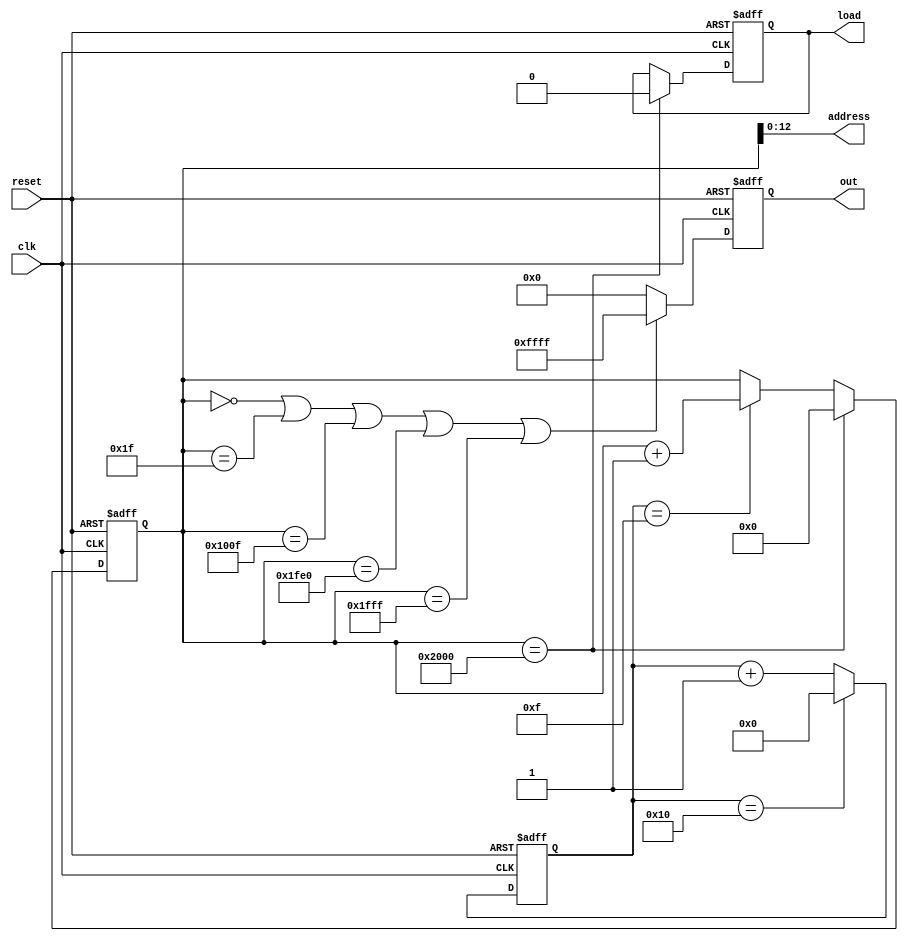
module screen_init(
    clk,
    reset,
    address,
    out,
    load
 );
 
    input clk;
    input reset;
    output load; 
    output [12:0] address; // ram address to write the pixel data
    output [15:0] out;     // pixel values for ram address in the buffer


    reg [15:0] data;   
    reg [13:0] buffer_addr; 
    reg [7:0] counter;
    //reg [17:0] counter_divider;
    reg wren;
    
    always @(posedge clk or posedge reset) begin
        if (reset) begin 
            counter <= 0;
        end else begin
            if (counter == 8'd16) begin
                counter <= 0;
            end
            else begin
                counter <= counter + 8'd1;
            end

        end
    end
    
    always @(posedge clk or posedge reset) begin
        if (reset) begin 
            buffer_addr <= 0;
            wren <= 1;
        end else if (buffer_addr == 14'd8192) begin
            buffer_addr <= 0;
            wren <= 0; // write no more
        end
        else if (counter == 8'd15) begin
            buffer_addr <= buffer_addr + 14'd1;
        end
        
    end
    
    always @(posedge clk or posedge reset) begin
        if (reset) begin 
            data <= 0;
        end 
            
        else begin
            if (buffer_addr == 14'd0 || buffer_addr == 14'd31 
             || buffer_addr == 14'd4111
             || buffer_addr == 14'd8160 || buffer_addr == 14'd8191) begin
                //data <= 16'h00_00;
                data <= 16'hFF_FF;
            end else begin
                data <= 16'h00_00;
                //data <= 16'hFF_FF;
            end
        end

        
    end
    
    
    assign load = wren;
    assign address = buffer_addr[12:0];
    assign out = data;
    
endmodule